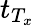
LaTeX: t_{T_{x}}